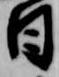
日